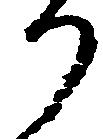
り